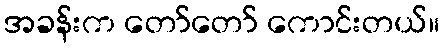
အခန်းက တော်တော် ကောင်းတယ်။